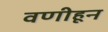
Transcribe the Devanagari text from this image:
वणीहून